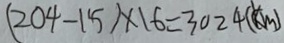
( 2 0 4 - 1 5 ) \times 1 6 = 3 0 2 4 ( k m )